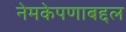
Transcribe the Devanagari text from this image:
नेमकेपणाबद्दल